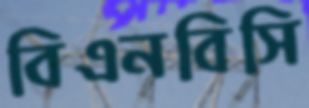
বিএনবিসি